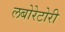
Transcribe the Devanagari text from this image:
लबोरेटोरी